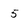
Character: 5